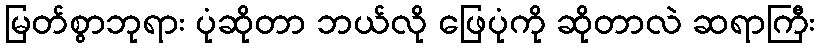
မြတ်စွာဘုရား ပုံဆိုတာ ဘယ်လို ဖြေပုံကို ဆိုတာလဲ ဆရာကြီး